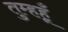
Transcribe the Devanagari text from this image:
तुम्हहूँ